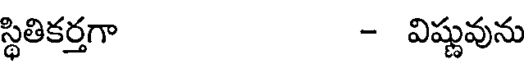
స్థితికర్తగా - విష్ణువును